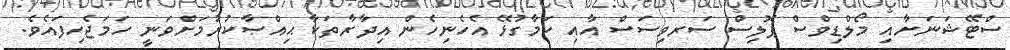
ސްޓޭޝަނަށާއި މޯލްޑިވްސް ޕޮލިސް ސަރވިސަސް އާއި ކަމާގުޅޭ އެހެނިހެން އިދާރާތަކާ ޙިއްޞާކުރުމަށްވަނީ ހަމަޖެހިފައެވެ.